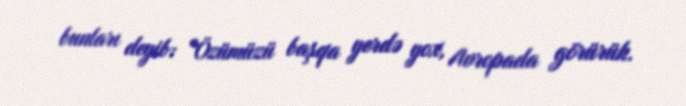
bunları deyib: “Özümüzü başqa yerdə yox, Avropada görürük.